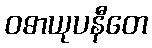
ဝဓာယုပနီတေ